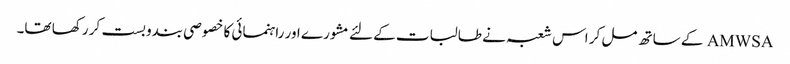
AMWSA کے ساتھ مل کر اس شعبہ نے طالبات کے لئے مشورے اور راہنمائی کا خصوصی بندوبست کر رکھا تھا۔